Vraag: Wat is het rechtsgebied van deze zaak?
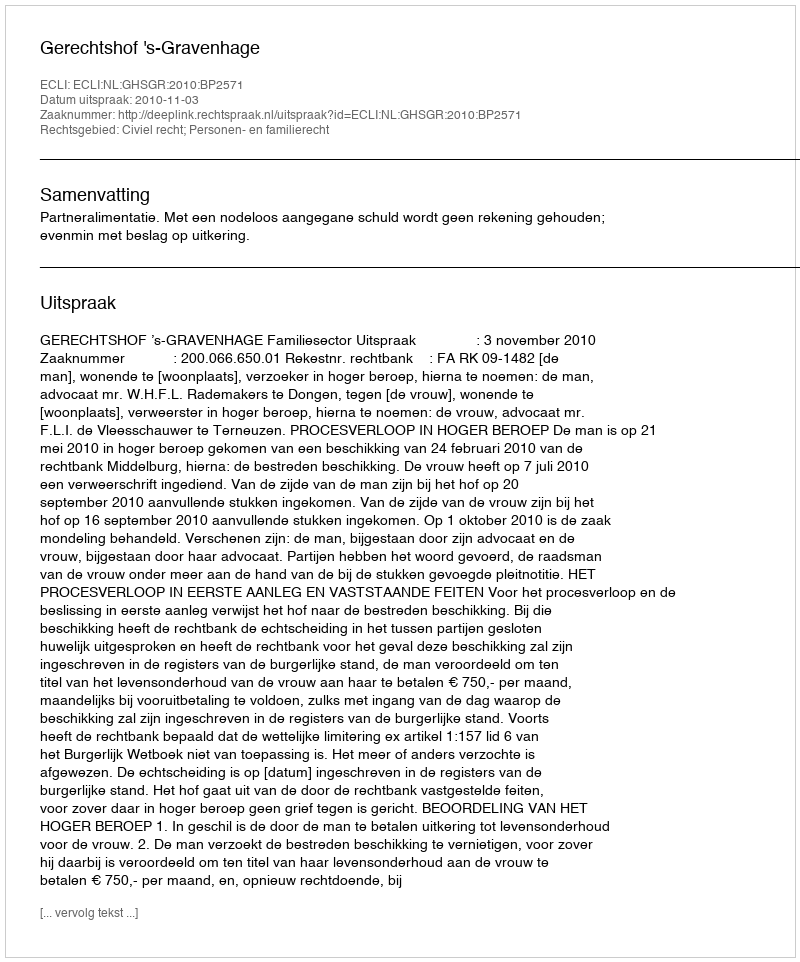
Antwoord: Civiel recht; Personen- en familierecht